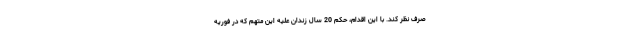
صرف نظر کند. با این اقدام، حکم 20 سال زندان علیه این متهم که در فوریه